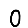
Digit: 0